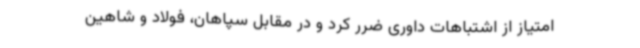
امتیاز از اشتباهات داوری ضرر کرد و در مقابل سپاهان، فولاد و شاهین